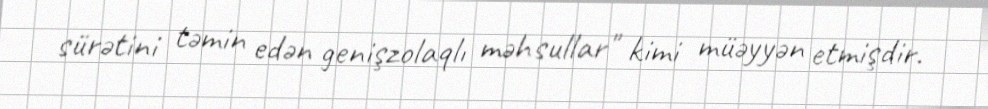
sürətini təmin edən genişzolaqlı məhsullar" kimi müəyyən etmişdir.